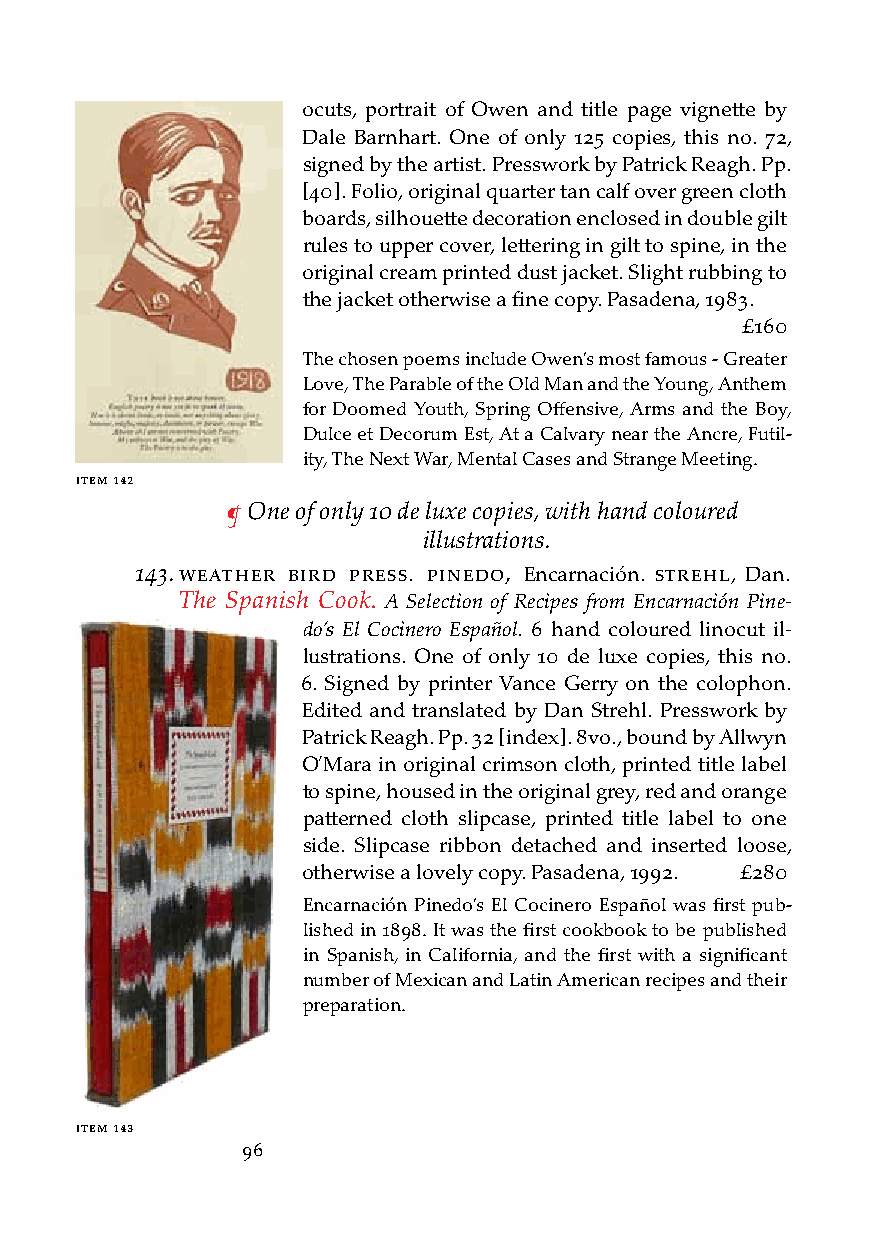
ocuts, portrait of Owen and title page vignette by
 Dale Barnhart. One of only 125 copies, this no. 72,
 signed by the artist. Presswork by Patrick Reagh. Pp.
 [40]. Folio, original quarter tan calf over green cloth
 boards, silhouette decoration enclosed in double gilt
 rules to upper cover, lettering in gilt to spine, in the
 original cream printed dust jacket. Slight rubbing to
 the jacket otherwise a fine copy. Pasadena, 1983.
 £160
 The chosen poems include Owen’s most famous - Greater
 Love, The Parable of the Old Man and the Young, Anthem
 for Doomed Youth, Spring Offensive, Arms and the Boy,
 Dulce et Decorum Est, At a Calvary near the Ancre, Futil-
 ity, The Next War, Mental Cases and Strange Meeting.
 iteM 142
 ¶ One of only 10 de luxe copies, with hand coloured
 illustrations.
 143. WeatHer bird Press. Pinedo, Encarnación. streHl, Dan.
 The Spanish Cook. A Selection of Recipes from Encarnación Pine-
 do’s El Cocinero Español. 6 hand coloured linocut il-
 lustrations. One of only 10 de luxe copies, this no.
 6. Signed by printer Vance Gerry on the colophon.
 Edited and translated by Dan Strehl. Presswork by
 Patrick Reagh. Pp. 32 [index]. 8vo., bound by Allwyn
 O’Mara in original crimson cloth, printed title label
 to spine, housed in the original grey, red and orange
 patterned cloth slipcase, printed title label to one
 side. Slipcase ribbon detached and inserted loose,
 otherwise a lovely copy. Pasadena, 1992. £280
 Encarnación Pinedo’s El Cocinero Español was first pub-
 lished in 1898. It was the first cookbook to be published
 in Spanish, in California, and the first with a significant
 number of Mexican and Latin American recipes and their
 preparation.
 iteM 143
 96